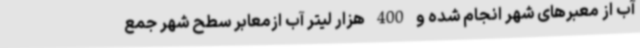
آب از معبرهای شهر انجام شده و 400 هزار لیتر آب ازمعابر سطح شهر جمع